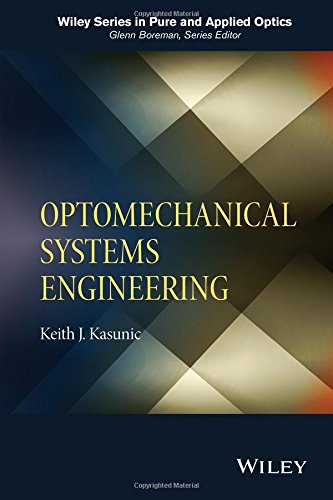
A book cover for Optomechanical Systems Engineering (Wiley Series in Pure and Applied Optics); Keith J. Kasunic; Science & Math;